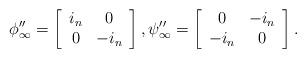
LaTeX: \begin{align*}\phi_{\infty}''=\left[\begin{array}{cc}i_n & 0\\0 & -i_n\end{array}\right],\psi_{\infty}''=\left[\begin{array}{cc}0 & -i_n\\-i_n & 0\end{array}\right].\end{align*}